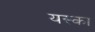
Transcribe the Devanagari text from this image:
यस्का